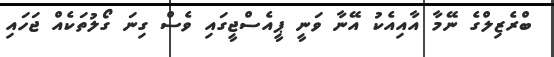
ބްރެޒިލްގެ ނޭމާ އާއިއެކު އޭނާ ވަނީ ޕީއެސްޖީގައި ވެސް ގިނަ ގޯލުތަކެއް ޖަހައި